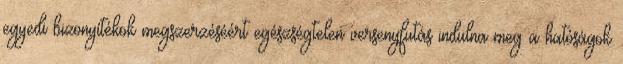
egyedi bizonyítékok megszerzéséért egészségtelen versenyfutás indulna meg a hatóságok